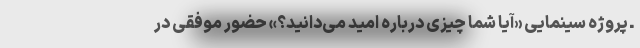
ـ پروژه سینمایی «آیا شما چیزی درباره امید می‌دانید؟» حضور موفقی در